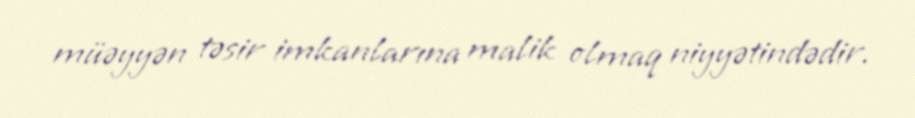
müəyyən təsir imkanlarına malik olmaq niyyətindədir.